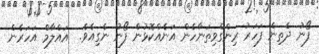
ފޯނު ދެތިން ފަހަރު ރިންގްވިތަނާހެން އަނެއްކޮޅުން ފޯނު ނެގިއެވެ.  އައްލާމް އަހަރެން